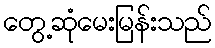
တွေ့ဆုံမေးမြန်းသည်